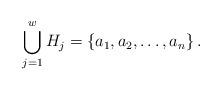
LaTeX: \begin{align*} \bigcup_{j=1}^{w}H_j=\left\{a_1,a_2,\dots,a_n\right\}.\end{align*}